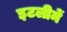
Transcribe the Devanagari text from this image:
इटलीमें